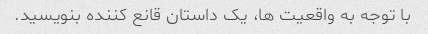
با توجه به واقعیت ها، یک داستان قانع کننده بنویسید.